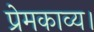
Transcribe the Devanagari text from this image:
प्रेमकाव्य।